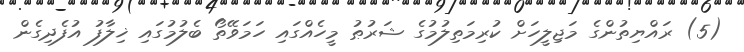
(5) ރައްޔިތުންގެ މަޖިލީހަށް ކުރިމަތިލުމުގެ ޝަރުޠު މީހެއްގައި ހަމަވޭތޯ ބެލުމުގައި ޚިލާފު އުފެދިގެން